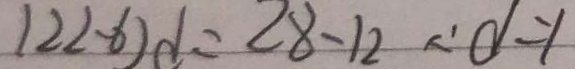
( 2 2 - 6 ) d = 2 8 - 1 2 \therefore d = 1